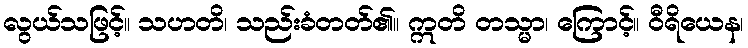
လွယ်သဖြင့်။ သဟတိ၊ သည်းခံတတ်၏။ ဣတိ တသ္မာ၊ ကြောင့်။ ဝီရိယေန၊